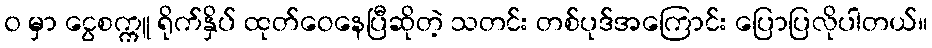
၀ မှာ ငွေစက္ကူ ရိုက်နှိပ် ထုတ်ဝေနေပြီဆိုတဲ့ သတင်း တစ်ပုဒ်အကြောင်း ပြောပြလိုပါတယ်။